Scottish Certificate of Education, 1963
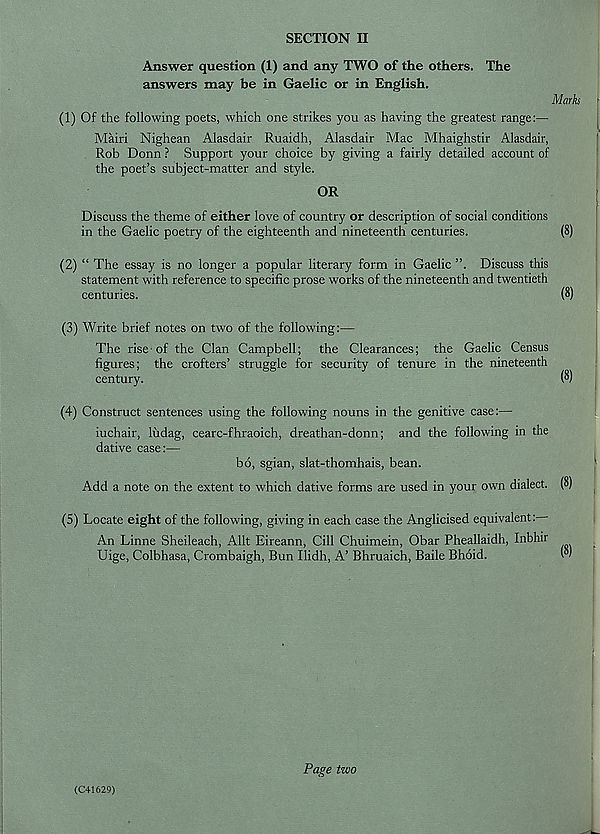
SECTION II
Answer question (1) and any TWO of the others. The
answers may be in Gaelic or in English.
Marks
(1) Of the following poets, which one strikes you as having the greatest range:—
Mairi Nighean Alasdair Ruaidh, Alasdair Mac Mhaighstir Alasdair,
Rob Bonn ? Support your choice by giving a fairly detailed account of
the poet’s subject-matter and style.
OR
Discuss the theme of either love of country or description of social conditions
in the Gaelic poetry of the eighteenth and nineteenth centuries.
(8)
(2) “ The essay is no longer a popular literary form in Gaelic ”, Discuss this
statement with reference to specific prose works of the nineteenth and twentieth
centuries.
(8)
(3) Write brief notes on two of the following:—
The rise of the Clan Campbell; the Clearances; the Gaelic Census
figures; the crofters’ struggle for security of tenure in the nineteenth
century.
(8)
(4) Construct sentences using the following nouns in the genitive case:—
iuchair, ludag, cearc-fhraoich, dreathan-donn; and the following in the
dative case:—
bo, sgian, slat-thomhais, bean.
Add a note on the extent to which dative forms are used in your own dialect. (8)
(5) Locate eight of the following, giving in each case the Anglicised equivalent:
An Linne Sheileach, Allt Eireann, Cill Chuimein, Obar Pheallaidh, Inbhir
Uige, Colbhasa, Crombaigh, Bun Ilidh, A’ Bhruaich, Baile Bhoid.
(C41629)
Page two